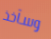
وسآخذ